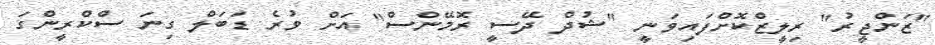
"ޒަންޖީރު" ރިލީޒްކޮށްފައިވަނީ "ޝުދް ދޭސީ ރޮމޭންސް" އަށް ވުރެ ޑަބަލް ގިނަ ސްކްރީންގަ